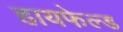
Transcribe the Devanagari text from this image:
हायफेल्ड